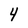
Character: 4